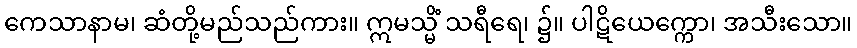
ကေသာနာမ၊ ဆံတို့မည်သည်ကား။ ဣမသ္မိံ သရီရေ၊ ၌။ ပါဋိယေက္ကော၊ အသီးသော။